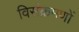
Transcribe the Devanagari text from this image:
विसंक्रमणों